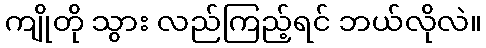
ကျိုတို သွား လည်ကြည့်ရင် ဘယ်လိုလဲ။